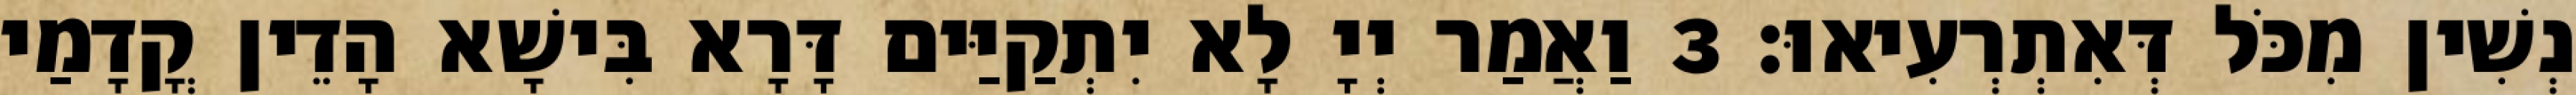
נְשִׁין מִכֹּל דְּאִתְרְעִיאוּ׃ 3 וַאֲמַר יְיָ לָא יִתְקַיַּים דָּרָא בִּישָׁא הָדֵין קֳדָמַי